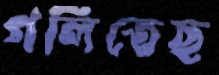
গলিতেছ